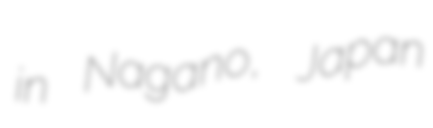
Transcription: in Nagano, Japan